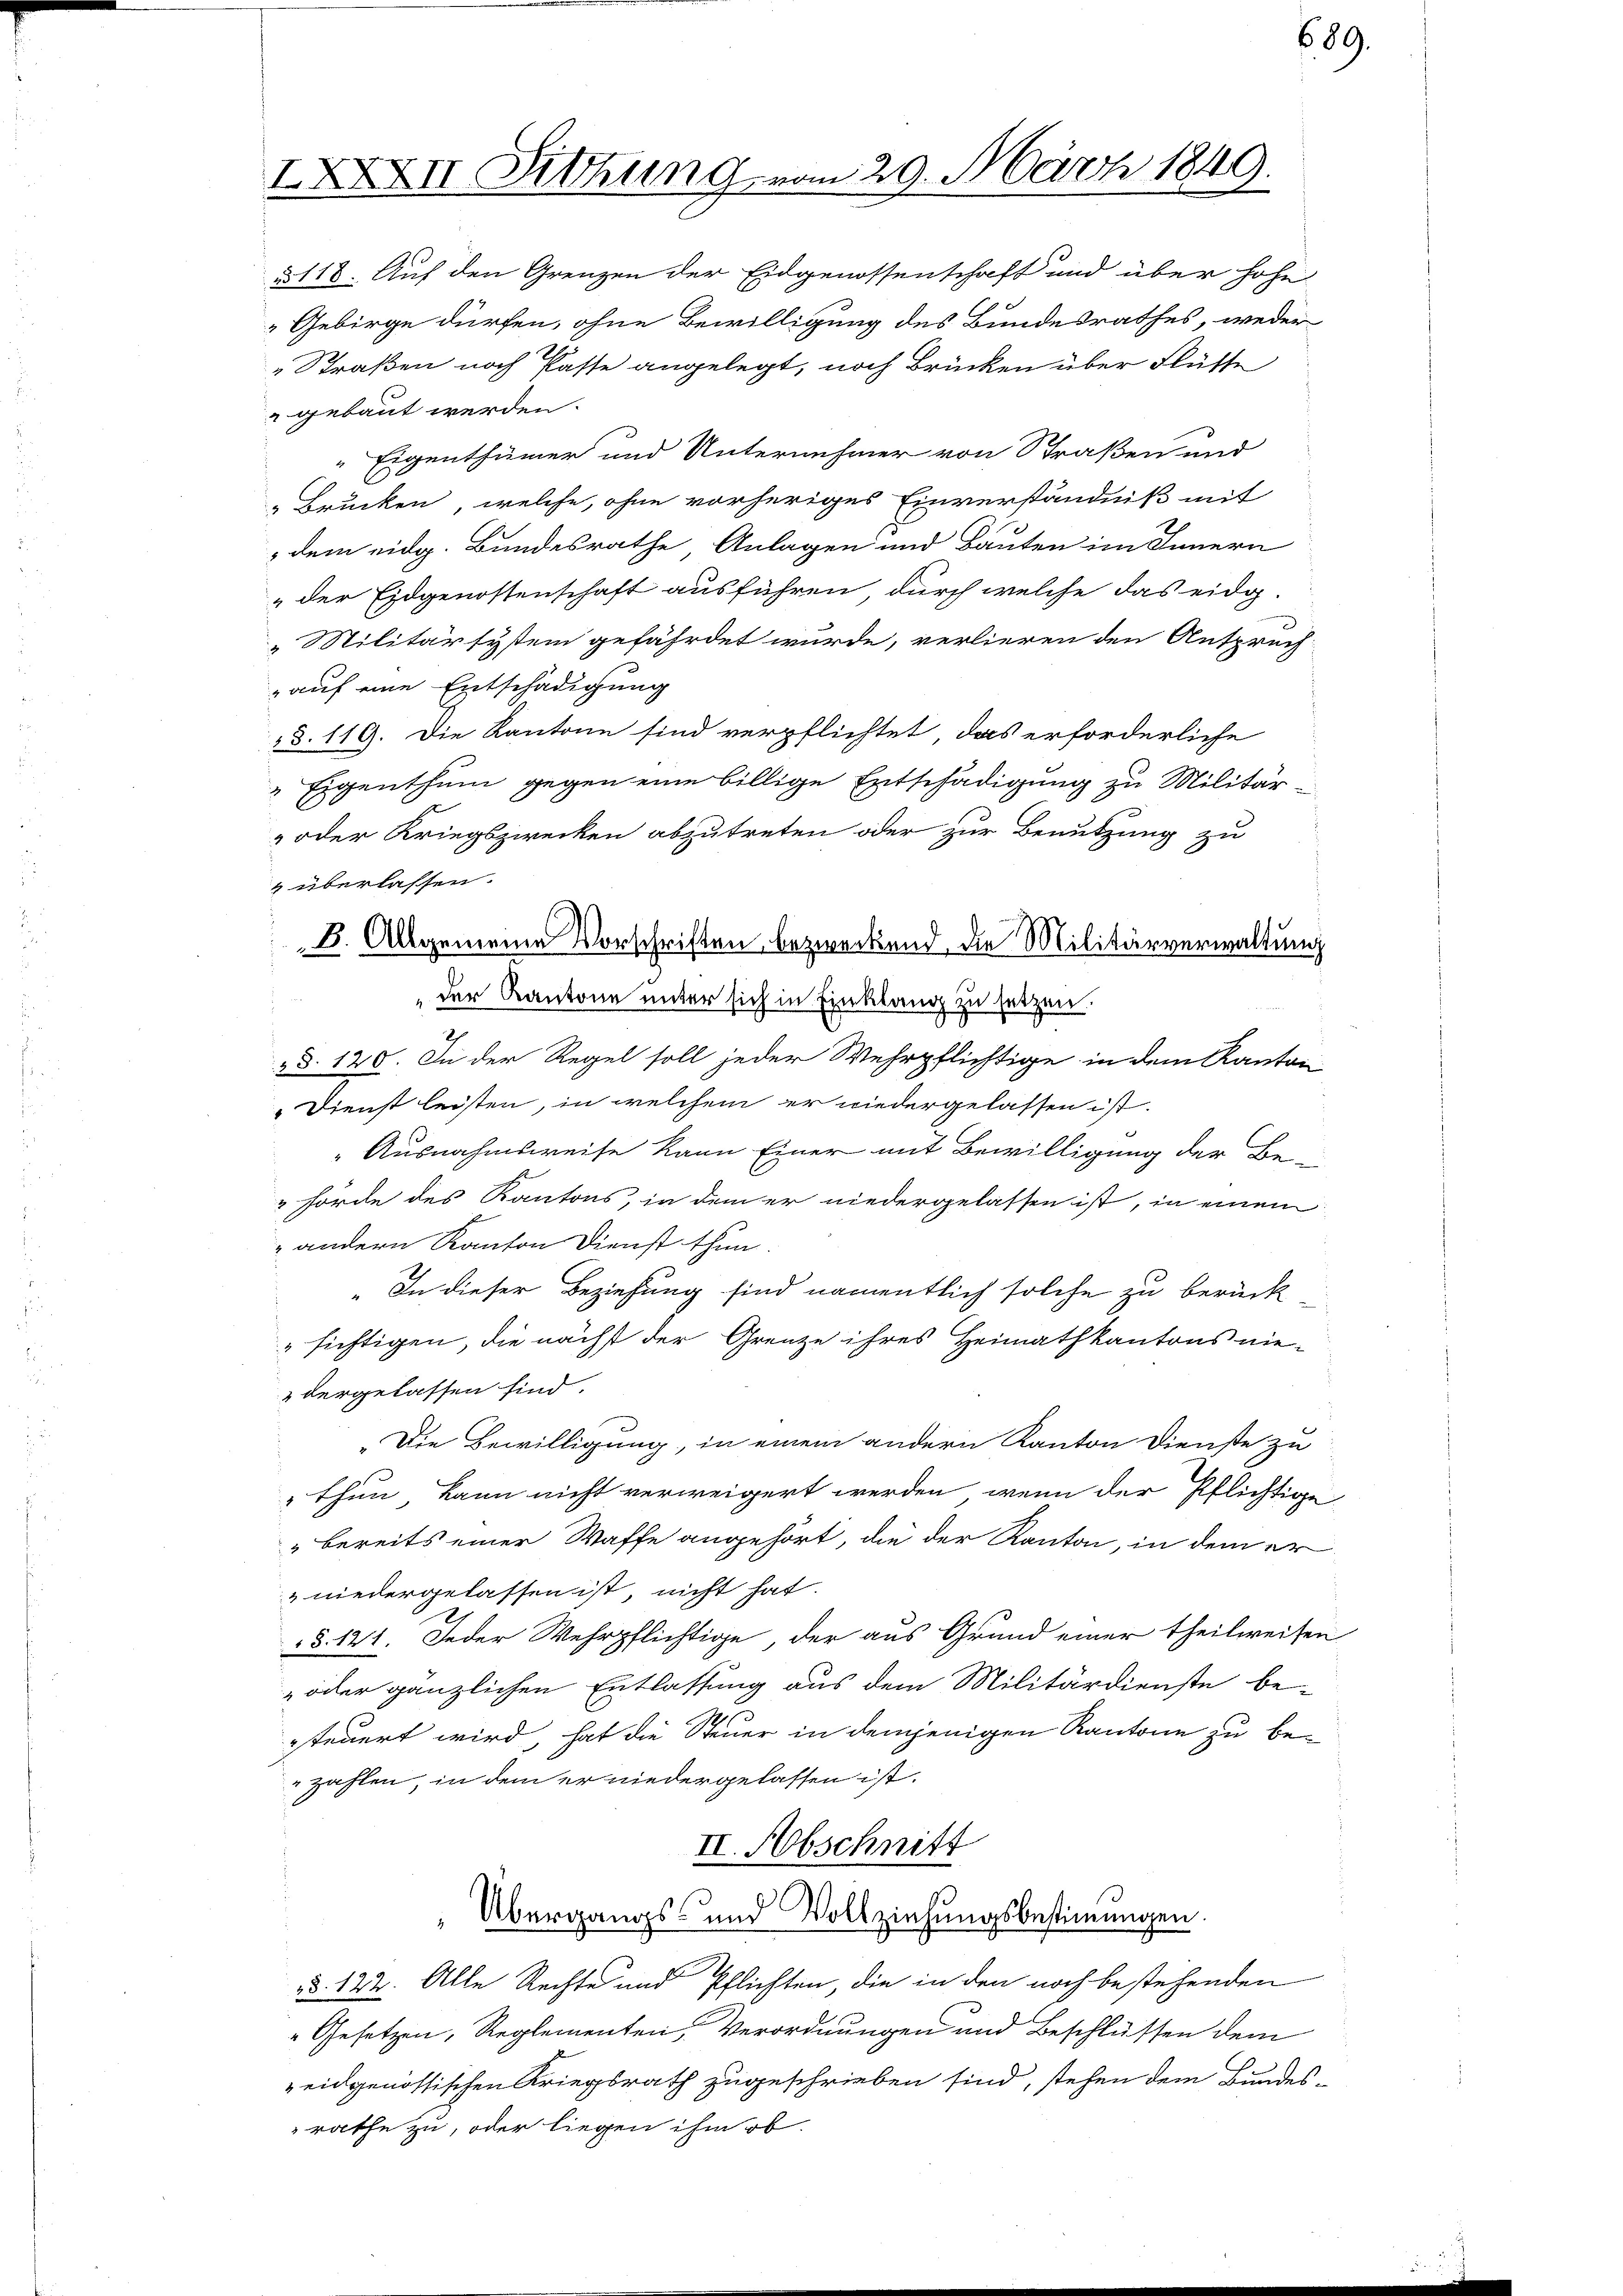
IXXXII Sitzung vom 29. März 1849.

Eigenthümer und Unternehmer von Straßen und
Brücken, welche, ohne vorheriges Einverständniß mit
dem eidg. Bundesrathe Anlagen und Bauten im Innern
„der Eidgenossenschaft ausführen, durch welche das eidg-
„Militärsystem gefährdet wurde, verlieren den Anspruch
auf eine Entschädigung
§. 119. Die Kantone sind verpflichtet, das erforderliche
Eigenthum gegen eine billige Entschädigung zu Militär¬
" oder Kriegszwecken abzutreten oder zur Benutzung zu
8. Allgemeine Vorschriften bezweckend, die Militärverwaltung
der Kantone unter sich in Einklang zu setzen.
§§. 120. In der Regel soll jeder Wehrpflichtige in dem Kanton
Dienst leisten, in welchem er wiedergelassen ist.
Ausnahmsweise kann Einer mit Bewilligung der Be¬
"hörde des Kantons, in dem er niedergelassen ist, in einem
 andern Kanton Dienst thun.
" In dieser Beziehung sind namentlich solche zu berück¬
" sichtigen, die nächst der Grenze ihres Heimathkantons nie-
dergelassen sind.
"Die Bewilligung, in einem andern Kanton Dienste zu
thun kann nicht verweigert werden, wenn der Pflichtige
" bereits einer Waffe angehört, die der Kanton, in dem er
niedergelassen ist, nicht hat.
§. 121. Jeder Wehrpflichtige der aus Grund einer theilweisen
„oder gänzlichen Entlassung aus dem Militärdienste besteuert wird, hat die Steuer in demjenigen Kantone zu bezahlen, in dem er niedergelassen ist.
II. Abschnitt
Übergangs- und Vollziehungsbestimmungen.
§. 122. Alle Rechte und Pflichten, die in den noch bestehenden
„Gesetzen, Reglementen Verordnungen und Beschlüssen dem
eidgenössischen Kriegsrath zugeschrieben sind, stehen dem Bundes-
rathe zu, oder liegen ihm ob

§ 118. Auf den Grenzen der Eidgenossenschaft und über hohe
Gebirge dürfen, ohne Bewilligung des Bundesrathes, weder
„Straßen noch Pässe angelegt, noch Brücken über Flüsse
gebaut werden.

" überlassen.

689.